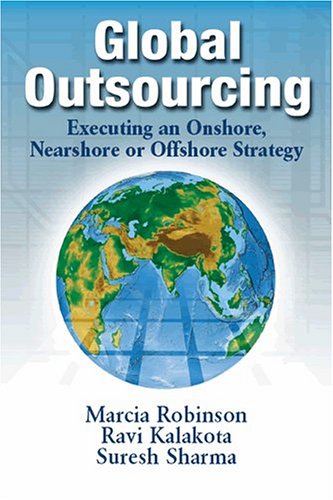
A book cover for Global Outsourcing: Executing an Onshore, Nearshore or Offshore Strategy; Marcia Robinson; Business & Money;